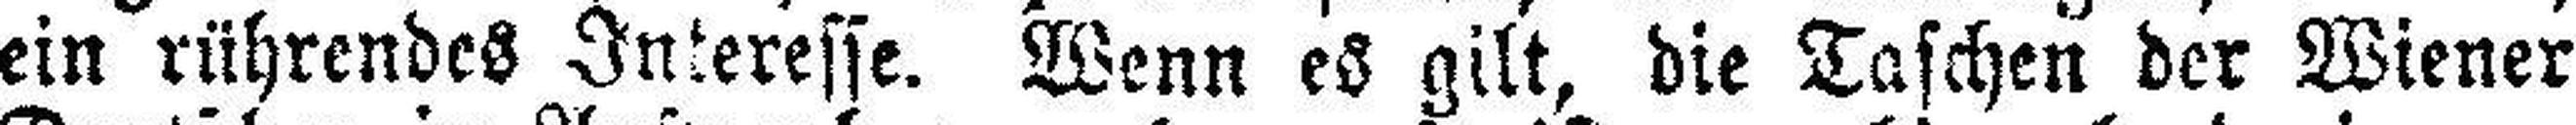
ein rührendes Interesse. Wenn es gilt, die Taschen der Wiener